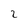
Character: 2